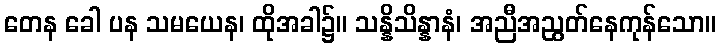
တေန ခေါ ပန သမယေန၊ ထိုအခါ၌။ သန္နိသိန္နာနံ၊ အညီအညွတ်နေကုန်သော။